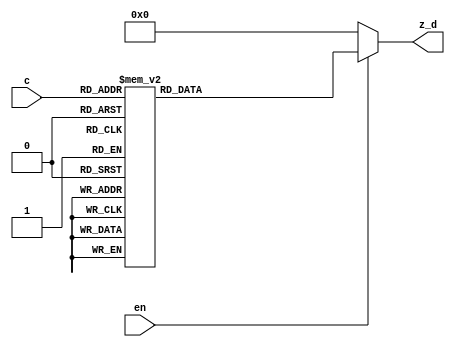

module decoder(en, c, z_d);

input [2:0] c;
input en;
output [7:0] z_d;
reg [7:0] z_d;

always@(en or c)
begin
	if(en) begin
		case(c)
			3'b000: z_d = 8'b00000001;
			3'b001: z_d = 8'b00000010;
			3'b010: z_d = 8'b00000100;
			3'b011: z_d = 8'b00001000;
			3'b100: z_d = 8'b00010000;
			3'b101: z_d = 8'b00100000;
			3'b110: z_d = 8'b01000000;
			3'b111: z_d = 8'b10000000;
			default: z_d = 8'b11111111;
		endcase
	end
		else z_d = 8'b00000000;
end

endmodule